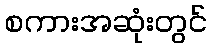
စကားအဆုံးတွင်